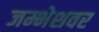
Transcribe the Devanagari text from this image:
जम्भेशवर